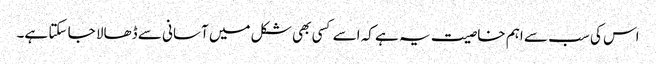
اس کی سب سے اہم خاصیت یہ ہے کہ اسے کسی بھی شکل میں آسانی سے ڈھالا جا سکتا ہے۔